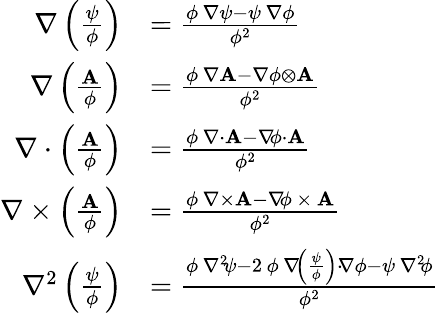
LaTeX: {\begin{array}{rl}{\nabla\left({\frac{\psi}{\phi}}\right)}&{={\frac{\phi\, \nabla\psi-\psi\, \nabla\phi}{\phi^{2}}}}\\ {\nabla\left({\frac{\mathbf{A}}{\phi}}\right)}&{={\frac{\phi\, \nabla\mathbf{A}-\nabla\phi\otimes\mathbf{A}}{\phi^{2}}}}\\ {\nabla\cdot\left({\frac{\mathbf{A}}{\phi}}\right)}&{={\frac{\phi\, \nabla{\cdot}\mathbf{A}-\nabla\! \phi\cdot\mathbf{A}}{\phi^{2}}}}\\ {\nabla\times\left({\frac{\mathbf{A}}{\phi}}\right)}&{={\frac{\phi\, \nabla{\times}\mathbf{A}-\nabla\! \phi\, {\times}\, \mathbf{A}}{\phi^{2}}}}\\ {\nabla^{2}\left({\frac{\psi}{\phi}}\right)}&{={\frac{\phi\, \nabla^{2\! }\psi-2\, \phi\, \nabla\! \left({\frac{\psi}{\phi}}\right)\cdot\! \nabla\phi-\psi\, \nabla^{2\! }\phi}{\phi^{2}}}}\end{array}}